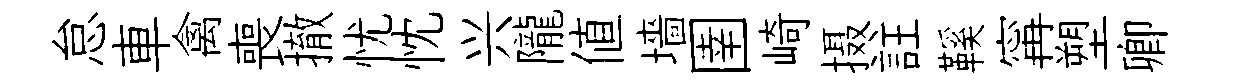
怠車禽喪撤忧忱兴隴值墻圉崎摄註鞵𡩋塑卿